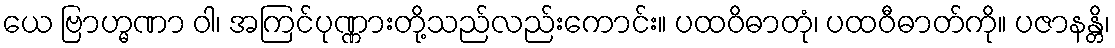
ယေ ဗြာဟ္မဏာ ဝါ၊ အကြင်ပုဏ္ဏားတို့သည်လည်းကောင်း။ ပထဝိဓာတုံ၊ ပထဝီဓာတ်ကို။ ပဇာနန္တိ၊